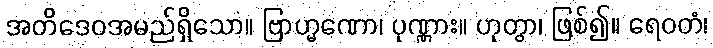
အတိဒေဝအမည်ရှိသော။ ဗြာဟ္မဏော၊ ပုဏ္ဏား။ ဟုတွာ၊ ဖြစ်၍။ ရေဝတံ၊